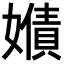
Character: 𡢻